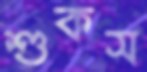
শুকস